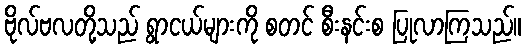
ဗိုလ်ဗလတို့သည် ရွာငယ်များကို စတင် စီးနင်းစ ပြုလာကြသည်။